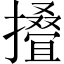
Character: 𢶣